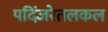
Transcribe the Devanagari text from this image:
पदिंजरेतलकल